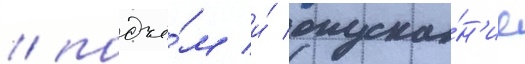
/ подъё́м и́ опуска́н'ие